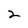
Character: 2